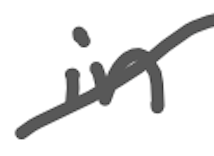
Text: in
Cross-out: diagonal
Writing tool: digital_gray